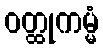
ဝတ္ထုကမ္မံ